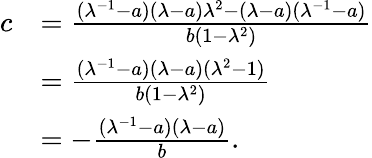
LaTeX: \begin{array}{rl}{c}&{=\frac{(\lambda^{-1}-a)(\lambda-a)\lambda^{2}-(\lambda-a)(\lambda^{-1}-a)}{b(1-\lambda^{2})}}\\ &{=\frac{(\lambda^{-1}-a)(\lambda-a)(\lambda^{2}-1)}{b(1-\lambda^{2})}}\\ &{=-\frac{(\lambda^{-1}-a)(\lambda-a)}{b}.}\end{array}